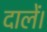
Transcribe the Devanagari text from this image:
दालें।